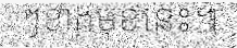
ៗខាងមុខនេះ៕